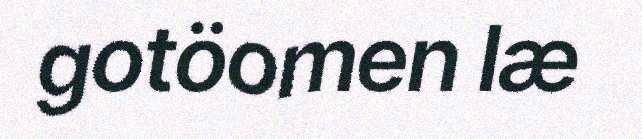
gotöomen læ